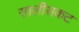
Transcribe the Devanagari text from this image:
सालीसकट